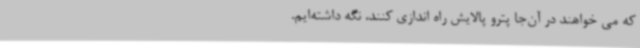
که می خواهند در آن‌جا پترو پالایش راه اندازی کنند، نگه داشته‌ایم.